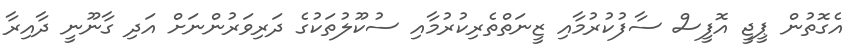
އެގޮތުން ޕީޖީ އޮފީސް ސާފުކުރުމާއި ޒީނަތްތެރިކުރުމާއި ސުކޫލުތަކުގެ ދަރިވަރުންނަށް އަދި ގާނޫނީ ދާއިރާ